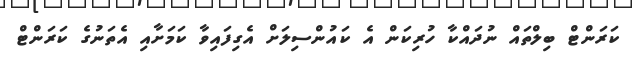
ކަރަންޓް ބިލްތައް ނުދައްކާ ހުރިކަން އެ ކައުންސިލަށް އެގިފައިވާ ކަމަށާއި އެތަނުގެ ކަރަންޓް